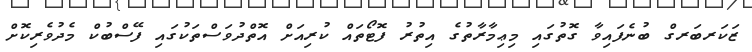
ޒަކަރބަރގް ބުނެފައިވާ ގޮތުގައި މިޢިމާރާތުގެ އިތުރު ފޮޓޯތައް ކުރިއަށް އޮތްދުވަސްތަކުގައި ފޭސްބުކް މެދުވެރިކޮށް